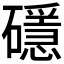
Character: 𥖵